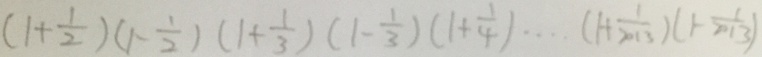
( 1 + \frac { 1 } { 2 } ) ( 1 - \frac { 1 } { 2 } ) ( 1 + \frac { 1 } { 3 } ) ( 1 - \frac { 1 } { 3 } ) ( 1 + \frac { 1 } { 4 } ) \cdots ( 1 + \frac { 1 } { 2 0 1 3 } ) ( 1 - \frac { 1 } { 2 0 1 3 } )